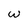
Character: w